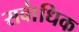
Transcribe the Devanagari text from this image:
सवा॑धिक